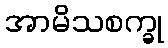
အာမိသစက္ခု